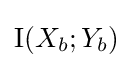
\mathrm {I} (X_{b};Y_{b})